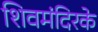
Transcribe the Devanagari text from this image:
शिवमंदिरके